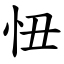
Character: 忸